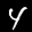
Label: 4